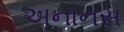
અનાનસ